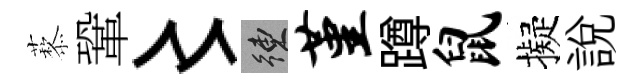
藜鞏〻練堇蹲鼠擬說